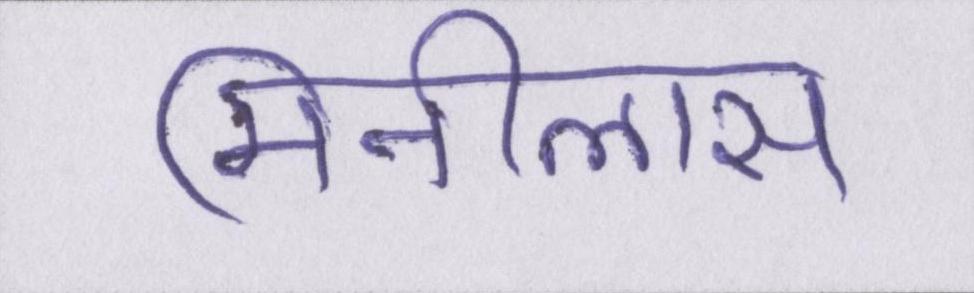
मिनीलास